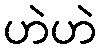
ဟဲဟဲ